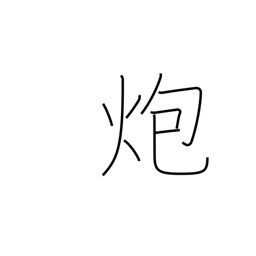
Meaning: burn